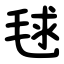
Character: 毬